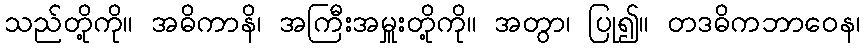
သည်တို့ကို။ အဓိကာနိ၊ အကြီးအမှူးတို့ကို။ အတွာ၊ ပြု၍။ တဒဓိကဘာဝေန၊